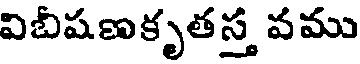
విబీషణకృతస్త వము